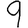
Digit: 9